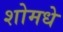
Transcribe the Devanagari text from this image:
शोमधे